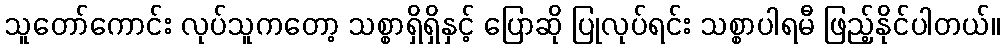
သူတော်ကောင်း လုပ်သူကတော့ သစ္စာရှိရှိနှင့် ပြောဆို ပြုလုပ်ရင်း သစ္စာပါရမီ ဖြည့်နိုင်ပါတယ်။